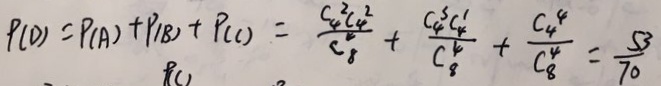
P _ { ( D ) } = P _ { ( A ) } + P _ { ( B ) } + P _ { ( C ) } = \frac { C _ { 4 } ^ { 2 } C _ { 4 } ^ { 2 } } { C _ { 8 } ^ { 2 } } + \frac { C _ { 4 } ^ { 3 } C _ { 4 } ^ { 1 } } { C _ { 8 } ^ { 4 } } + \frac { C _ { 4 } ^ { 4 } } { C _ { 8 } ^ { 4 } } = \frac { 5 3 } { 7 0 }